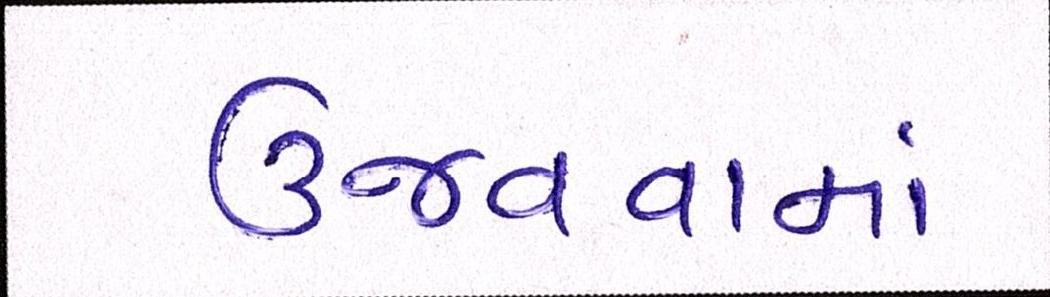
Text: ઉજવવામાં